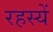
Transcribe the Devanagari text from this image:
रहस्यें